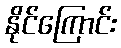
နိုင်ကြောင်း